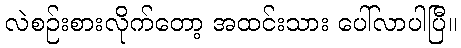
လဲစဉ်းစားလိုက်တော့ အထင်းသား ပေါ်လာပါပြီ။